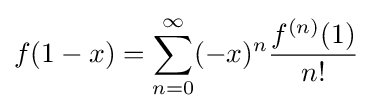
f(1-x)=\sum _{n=0}^{\infty }(-x)^{n}{\frac {f^{(n)}(1)}{n!}}